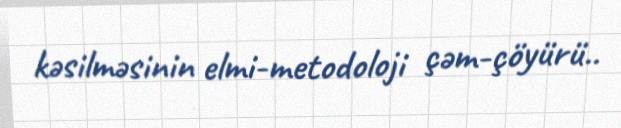
kəsilməsinin elmi-metodoloji çəm-çöyürü..